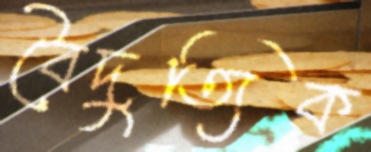
বৈদুত্যিক